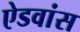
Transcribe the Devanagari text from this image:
ऐडवांस